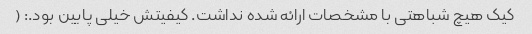
کیک هیچ شباهتی با مشخصات ارائه شده نداشت. کیفیتش خیلی پایین بود.: (